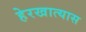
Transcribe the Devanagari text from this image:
हेरखात्यास